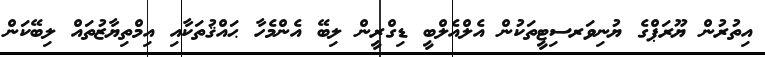
އިތުރުން ޔޫރަޕްގެ ޔުނިވަރސިޓީތަކުން އެލްއެލްބީ ޑިގްރީން ލިބޭ އެންމެހާ ޙައްޤުތަކާއި އިމްތިޔާޒުތައް ލިބޭކަން